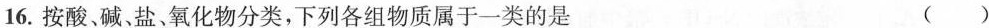
16. 按酸、碱、盐、氧化物分类，下列各组物质属于一类的是()